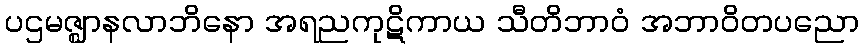
ပဌမဇ္ဈာနလာဘိနော အရညကုဋိကာယ သီတိဘာဝံ အဘာဝိတပညော